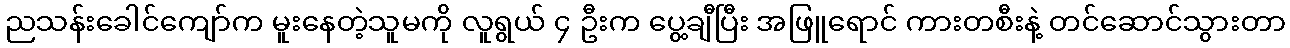
ညသန်းခေါင်ကျော်က မူးနေတဲ့သူမကို လူရွယ် ၄ ဦးက ပွေ့ချီပြီး အဖြူရောင် ကားတစီးနဲ့ တင်ဆောင်သွားတာ